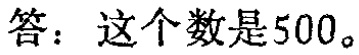
答：这个数是500。